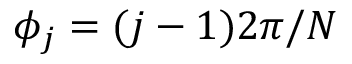
\phi _ { j } = ( j - 1 ) 2 \pi / N